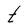
Character: t